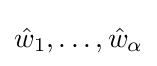
{\hat {w}}_{1},\dots ,{\hat {w}}_{\alpha }